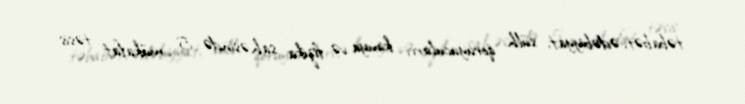
təbabət, ədəbiyyat, sülh qoruyucuları, kimya və fizika sahəsində 5 mükafat təsis